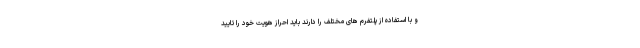
و با استفاده از پلتفرم های مختلف را دارند باید احراز هویت خود را تایید